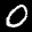
Label: 0